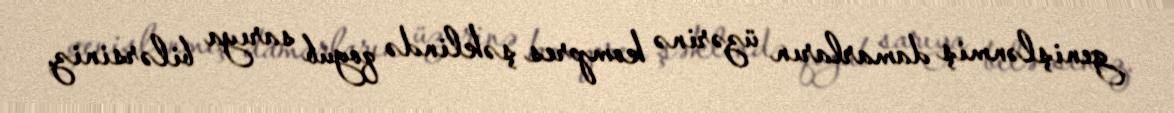
genişlənmiş damarların üzərinə kompres şəklində qoyub sarıya bilərsiniz.